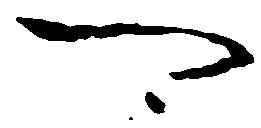
可